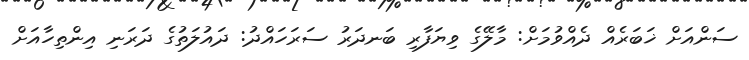
ސަންއަށް ޚަބަރެއް ދެއްވުމަށް: މާލޭގެ ވިޔަފާރި ބަނދަރު ސަރަހައްދު: ދައުލަތުގެ ދަރަނި އިންތިހާއަށް